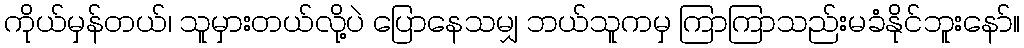
ကိုယ်မှန်တယ်၊ သူမှားတယ်လို့ပဲ ပြောနေသမျှ ဘယ်သူကမှ ကြာကြာသည်းမခံနိုင်ဘူးနော်။